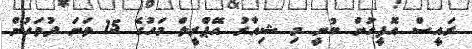
ރައީސް އޮފީހުން ބުނީ މި ޝިއާރު އޭޕްރީލް މަހުގެ 15 ވަނަ ދުވަހުން